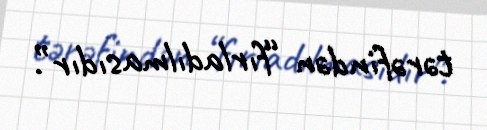
tərəfindən “fırladılmasıdır”.